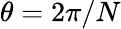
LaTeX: \theta=2\pi/N